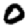
Digit: 0